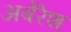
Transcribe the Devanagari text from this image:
अर्बेरेश